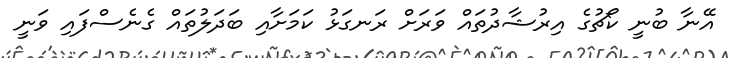
އޭނާ ބުނީ ކޯޗުގެ އިރުޝާދުތައް ވަރަށް ރަނގަޅު ކަމަށާއި ބަދަލުތައް ގެނެސްފައި ވަނީ